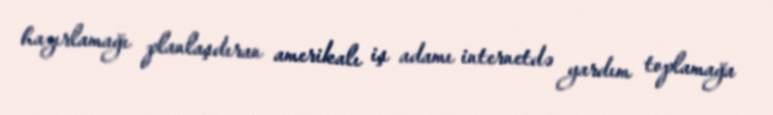
hazırlamağı planlaşdıran amerikalı iş adamı internetdə yardım toplamağa